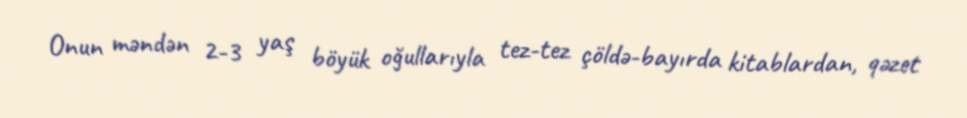
Onun məndən 2-3 yaş böyük oğullarıyla tez-tez çöldə-bayırda kitablardan, qəzet